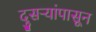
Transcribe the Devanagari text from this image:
दुसऱ्यांपासून